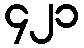
၄၂၁